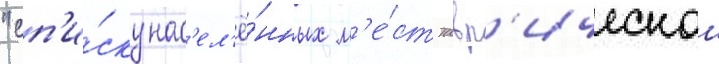
"сп'и́ску нас'ел'ё́нных м'е́ст тавр'ическои